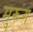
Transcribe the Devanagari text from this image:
मुरूंग